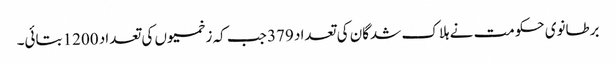
برطانوی حکومت نے ہلاک شدگان کی تعداد 379 جب کہ زخمیوں کی تعداد 1200 بتائی۔